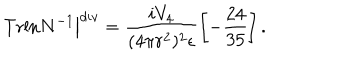
\left. \mathrm { T r l n } N ^ { - 1 } \right\vert ^ { d i v } = \frac { i V _ { 4 } } { ( 4 \pi r ^ { 2 } ) ^ { 2 } \epsilon } \left[ - \frac { 2 4 } { 3 5 } \right] .